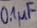
Text: 0,1µF